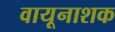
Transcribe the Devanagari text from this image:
वायूनाशक